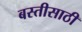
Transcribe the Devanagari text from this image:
बस्तीसाठी